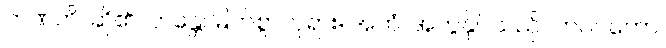
ဘဏတိ၊ ဆို၏။ ဘန္တေ၊ မြတ်စွာဘုရား။ အဟံ၊ အကွန်ုပ်သည်။ ဘဂဝတော၊